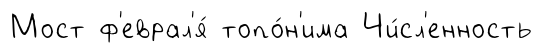
Мост ф'еврал'я́ топо́н'има Чи́сл'енность